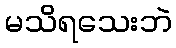
မသိရသေးဘဲ